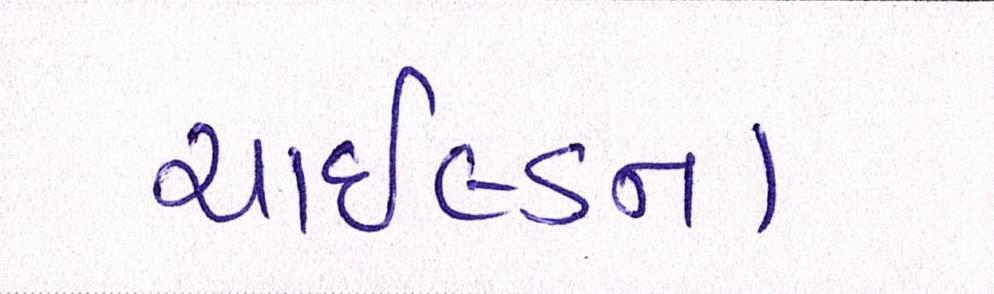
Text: ચાઇલ્ડના